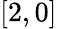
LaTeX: [2,0]